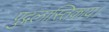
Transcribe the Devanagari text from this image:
पुद्गलास्तिकाय।